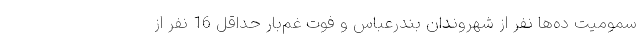
سمومیت ده‌ها نفر از شهروندان بندرعباس و فوت غم‌بار حداقل 16 نفر از